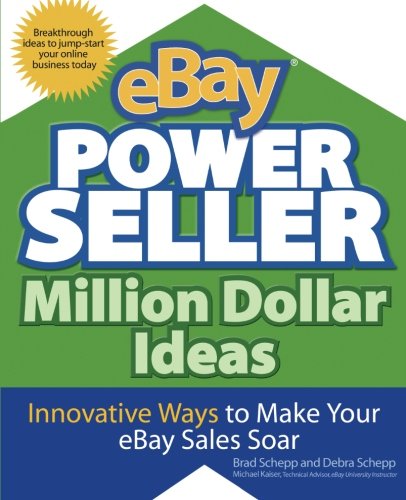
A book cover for eBay PowerSeller Million Dollar Ideas: Innovative Ways to Make Your eBay Sales Soar; Brad Schepp; Computers & Technology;